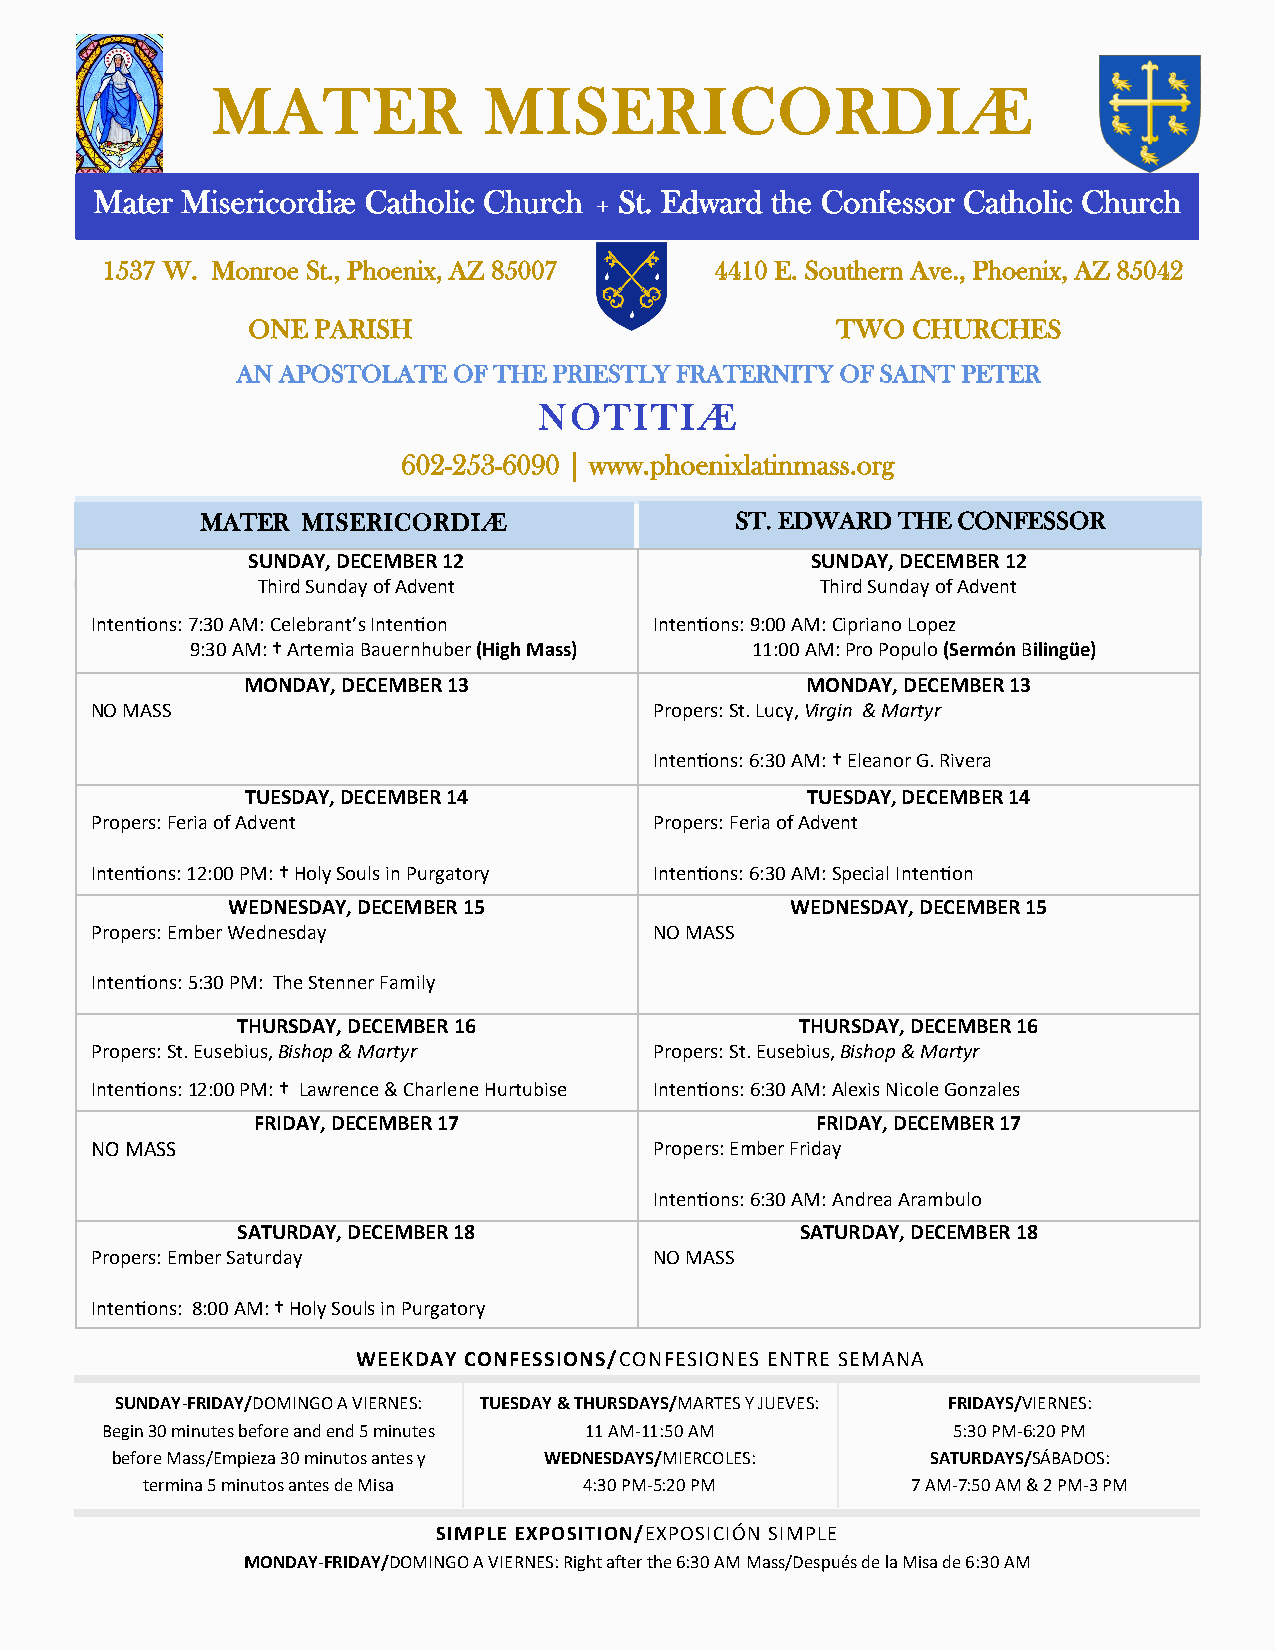
MATER             MISERICORDIÆ
 Mater Misericordiæ Catholic Church St. Edward the Confessor Catholic Church
 +
 1537 W. Monroe St., Phoenix, AZ 85007   4410 E. Southern Ave., Phoenix, AZ 85042
 ONE  PARISH                            TWO  CHURCHES
 AN APOSTOLATE OF THE PRIESTLY FRATERNITY OF SAINT PETER
 NOTITIÆ
 602-253-6090 | www.phoenixlatinmass.org
 MATER  MISERICORDIÆ                 ST. EDWARD THE CONFESSOR
 SUNDAY, DECEMBER 12                   SUNDAY, DECEMBER 12
 Third Sunday of Advent               Third Sunday of Advent
 Intentions: 7:30 AM: Celebrant’s Intention Intentions: 9:00 AM: Cipriano Lopez
 9:30 AM: † Artemia Bauernhuber (High Mass) 11:00 AM: Pro Populo (Sermón Bilingüe)
 MONDAY, DECEMBER 13                  MONDAY, DECEMBER 13
 NO MASS                              Propers: St. Lucy, Virgin & Martyr
 Intentions: 6:30 AM: † Eleanor G. Rivera
 TUESDAY, DECEMBER 14                 TUESDAY, DECEMBER 14
 Propers: Feria of Advent             Propers: Feria of Advent
 Intentions: 12:00 PM: † Holy Souls in Purgatory Intentions: 6:30 AM: Special Intention
 WEDNESDAY, DECEMBER 15               WEDNESDAY, DECEMBER 15
 Propers: Ember Wednesday             NO MASS
 Intentions: 5:30 PM: The Stenner Family
 THURSDAY, DECEMBER 16                THURSDAY, DECEMBER 16
 Propers: St. Eusebius, Bishop & Martyr Propers: St. Eusebius, Bishop & Martyr
 Intentions: 12:00 PM: † Lawrence & Charlene Hurtubise Intentions: 6:30 AM: Alexis Nicole Gonzales
 FRIDAY, DECEMBER 17                  FRIDAY, DECEMBER 17
 NO MASS                              Propers: Ember Friday
 Intentions: 6:30 AM: Andrea Arambulo
 SATURDAY, DECEMBER 18                SATURDAY, DECEMBER 18
 Propers: Ember Saturday              NO MASS
 Intentions: 8:00 AM: † Holy Souls in Purgatory
 WEEKDAY CONFESSIONS/CONFESIONES ENTRE SEMANA
 SUNDAY-FRIDAY/DOMINGO A VIERNES: TUESDAY & THURSDAYS/MARTES Y JUEVES: FRIDAYS/VIERNES:
 Begin 30 minutes before and end 5 minutes 11 AM-11:50 AM 5:30 PM-6:20 PM
 before Mass/Empieza 30 minutos antes y WEDNESDAYS/MIERCOLES: SATURDAYS/SÁBADOS:
 termina 5 minutos antes de Misa 4:30 PM-5:20 PM    7 AM-7:50 AM & 2 PM-3 PM
 SIMPLE EXPOSITION/EXPOSICIÓN SIMPLE
 MONDAY-FRIDAY/DOMINGO A VIERNES: Right after the 6:30 AM Mass/Después de la Misa de 6:30 AM